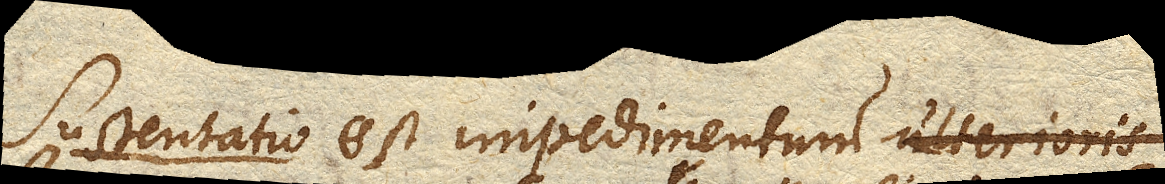
Sustentatio est impedimentum intensionis